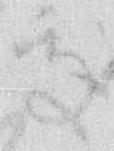
処